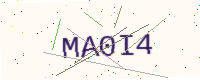
Text: MA0I4